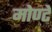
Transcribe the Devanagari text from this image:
मोण्टे